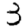
Digit: 3